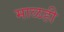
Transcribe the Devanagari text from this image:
माळही